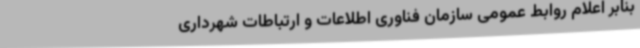
بنابر اعلام روابط عمومی سازمان فناوری اطلاعات و ارتباطات شهرداری